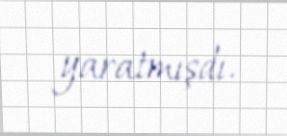
yaratmışdı.